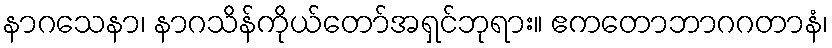
နာဂသေနာ၊ နာဂသိန်ကိုယ်တော်အရှင်ဘုရား။ ဧကတောဘာဂဂတာနံ၊